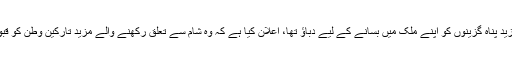
ادھر آسٹریلیا نے، جس پر مزید پناہ گزینوں کو اپنے ملک میں بسانے کے لیے دباؤ تھا، اعلان کیا ہے کہ وہ شام سے تعلق رکھنے والے مزید تارکینِ وطن کو قبول کرنے کے لیے تیار ہے۔